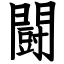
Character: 闘